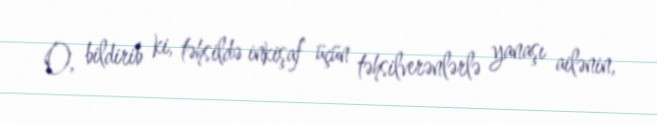
O, bildirib ki, təhsildə inkişaf üçün təhsilverənlərlə yanaşı ailənin,